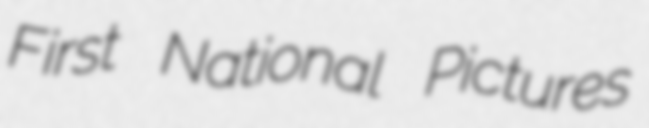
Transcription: First National Pictures